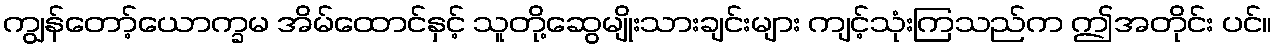
ကျွန်တော့်ယောက္ခမ အိမ်ထောင်နှင့် သူတို့ဆွေမျိုးသားချင်းများ ကျင့်သုံးကြသည်က ဤအတိုင်း ပင်။